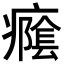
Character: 𭼭